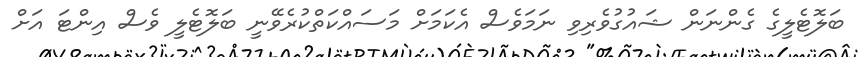
ބަލޮޓެލީގެ ގެންނަން ޝައުގުވެރިވި ނަމަވެސް އެކަމަށް މަސައްކަތްކުރެވޭނީ ބަލޮޓެލީ ވެސް އިންޓަ އަށް